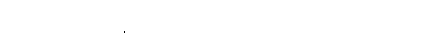
သတိရမှု အလွန်နည်းတယ်လို့ ဘုရားဟောတော်မူပါတယ်၊